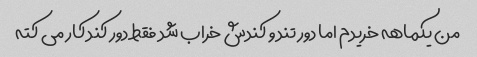
من یکماهه خریدم اما دور تند و کندش خراب شد فقط دور کند کار می کته